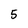
Character: 5